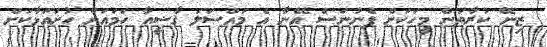
ޒިނޭ ކުރާތަން މީހަކަށް ފެނުނަސް އޭނާ އެ މައްސަލަ ޤާޟީއާ ހަމައަށް ހުށައަޅާކަށް